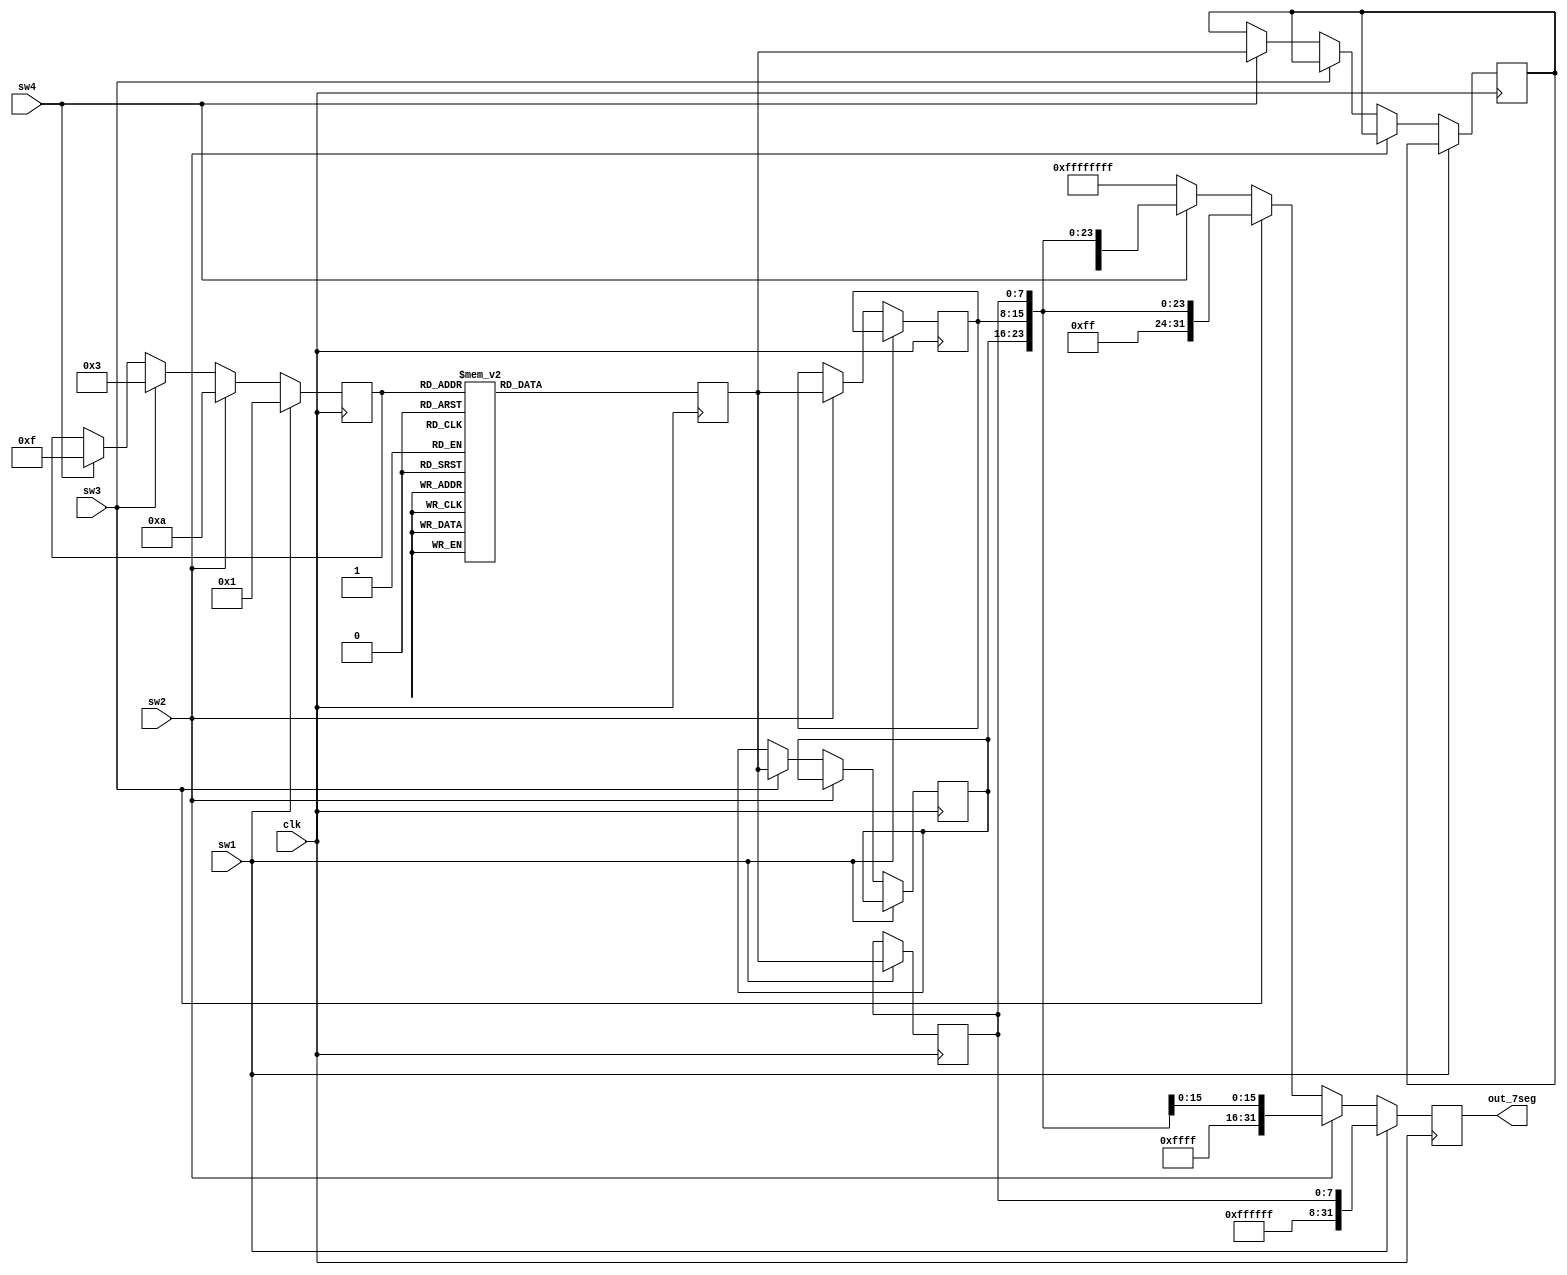
`timescale 1ns / 1ps


module mult_output(
	 clk,
	 sw1,
	 sw2,
	 sw3,
	 sw4,
	 out_7seg

);

	input clk;
	input sw1;
	input sw2;
	input sw3;
	input sw4;
	output reg [31:0] out_7seg;
	
	//input [15:0] in_mult_result;
	//input [15:0] mult_result;	//16bit in\put value i.e. result of mutiplication
	reg [15:0] mult_result;	//16bit in\put value i.e. result of mutiplication
	
	reg [3:0] temp_result;
	reg [7:0] out_7seg1;
	
	reg [7:0] temp1;		//temporary variables
	reg [7:0] temp2;
	reg [7:0] temp3;
	reg [7:0] temp4;

	initial begin
		//mult_result = in_mult_result;
		mult_result = 16'b1111_0011_1010_0001;	//2 3 4 1 binary equi.
		//temp_result = mult_result [3:0];
		
	end

always @ (posedge clk)
	 begin 
	
		case (temp_result)
				4'b0000: out_7seg1 <= ~(8'b00111111);	//0
				4'b0001:	out_7seg1 <= ~(8'b00000110);	//1
				4'b0010: out_7seg1 <= ~(8'b01011011);  //2
				4'b0011: out_7seg1 <= ~(8'b01001111);	//3
				4'b0100: out_7seg1 <= ~(8'b01100110);	//4
				4'b0101: out_7seg1 <= ~(8'b01101101);	//5
				4'b0110: out_7seg1 <= ~(8'b01111101);	//6
				4'b0111: out_7seg1 <= ~(8'b00000111);	//7
				4'b1000: out_7seg1 <= ~(8'b01111111);	//8
				4'b1001: out_7seg1 <= ~(8'b01101111);	//9
				4'b1010: out_7seg1 <= ~(8'b01110111);	//10
				4'b1011: out_7seg1 <= ~(8'b01111100);	//11
				4'b1100: out_7seg1 <= ~(8'b00111001);	//12
				4'b1101: out_7seg1 <= ~(8'b01011110);	//13
				4'b1110: out_7seg1 <= ~(8'b10011110);	//14
				4'b1111: out_7seg1 <= ~(8'b01110001);	//15
			
			
				default: out_7seg1 <= ~(8'b1111_1111);
			
		endcase
		
			
			 if(sw1 == 1'b1) 				//press switch sw1 on board
				begin
				temp_result <= mult_result [3:0];
				temp1 <= out_7seg1;
				out_7seg <= {8'b11111111, 8'b11111111, 8'b11111111, temp1};
				
				end
			
			else if(sw2 == 1'b1)			//press switch sw2 on board
				begin
						temp_result <= mult_result [7:4];
						temp2 <= out_7seg1;
						out_7seg <= {8'b11111111, 8'b11111111, temp2, temp1};
				end
						
			else if(sw3 == 1'b1)		//press switch sw3 on board
				begin
						temp_result <= mult_result [11:8];
						temp3 <= out_7seg1;
						out_7seg <= {8'b11111111, temp3, temp2, temp1};
				end
						
			else if(sw4 == 1'b1)		//press switch sw4 on board
				begin
						temp4 <= out_7seg1;
						temp_result <= mult_result [15:12];
						out_7seg <= {temp4, temp3, temp2, temp1};
				end		
			
			else
				begin
					out_7seg <= {8'b11111111, 8'b11111111, 8'b11111111, 8'b11111111};
				end		
		
		end	
	
endmodule